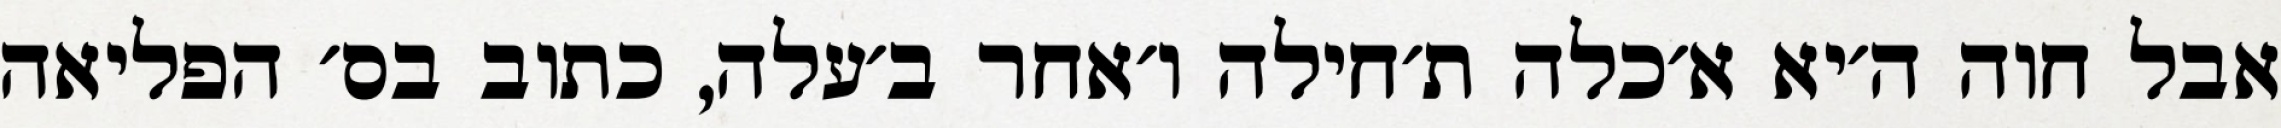
אבל חוה ה׳יא א׳כלה ת׳חילה ו׳אחר ב׳עלה, כתוב בס׳ הפליאה